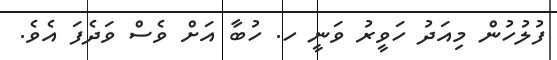
ފުލުހުން މިއަދު ހަވީރު ވަނީ ހ. ހުބާ އަށް ވެސް ވަދެފަ އެވެ.